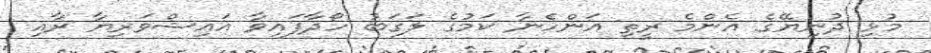
މުޅި ދުނިޔޭގެ އެންމެ ރީތި އަންހެނާ ކަމުގެ ލަގަބު ހޯދާފައިވާ އައިޝްވަރިޔާ ރާއި